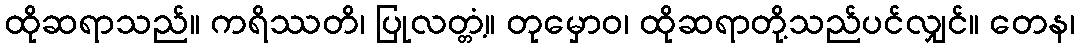
ထိုဆရာသည်။ ကရိဿတိ၊ ပြုလတ္တံ့။ တုမှောဝ၊ ထိုဆရာတို့သည်ပင်လျှင်။ တေန၊